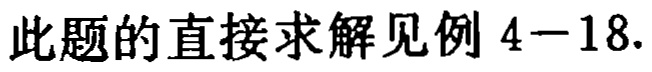
此题的直接求解见例 4--18.